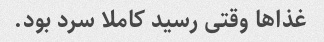
غذا‌ها وقتی رسید کاملا سرد بود.